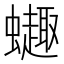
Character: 𫋦